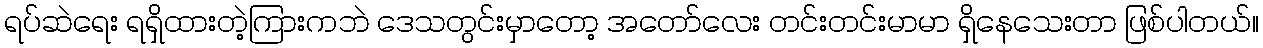
ရပ်ဆဲရေး ရရှိထားတဲ့ကြားကဘဲ ဒေသတွင်းမှာတော့ အတော်လေး တင်းတင်းမာမာ ရှိနေသေးတာ ဖြစ်ပါတယ်။